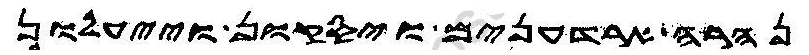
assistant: נהרה ארדענים ויסקון וייעלון